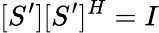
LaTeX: [S^{\prime}][S^{\prime}]^{H}=I